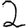
Digit: 2